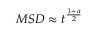
M S D \approx t ^ { \frac { 1 + a } { 2 } }